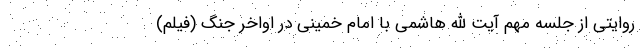
روایتی از جلسه مهم آیت الله هاشمی با امام خمینی در اواخر جنگ (فیلم)